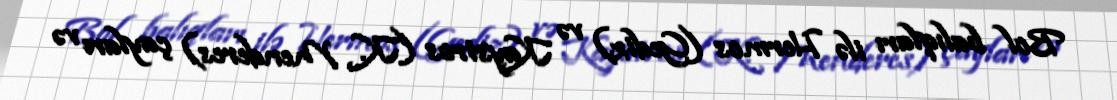
Bol balıqları ilə Hermos (Gediz) və Kaystros (K. Menderes) çayları və